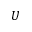
U